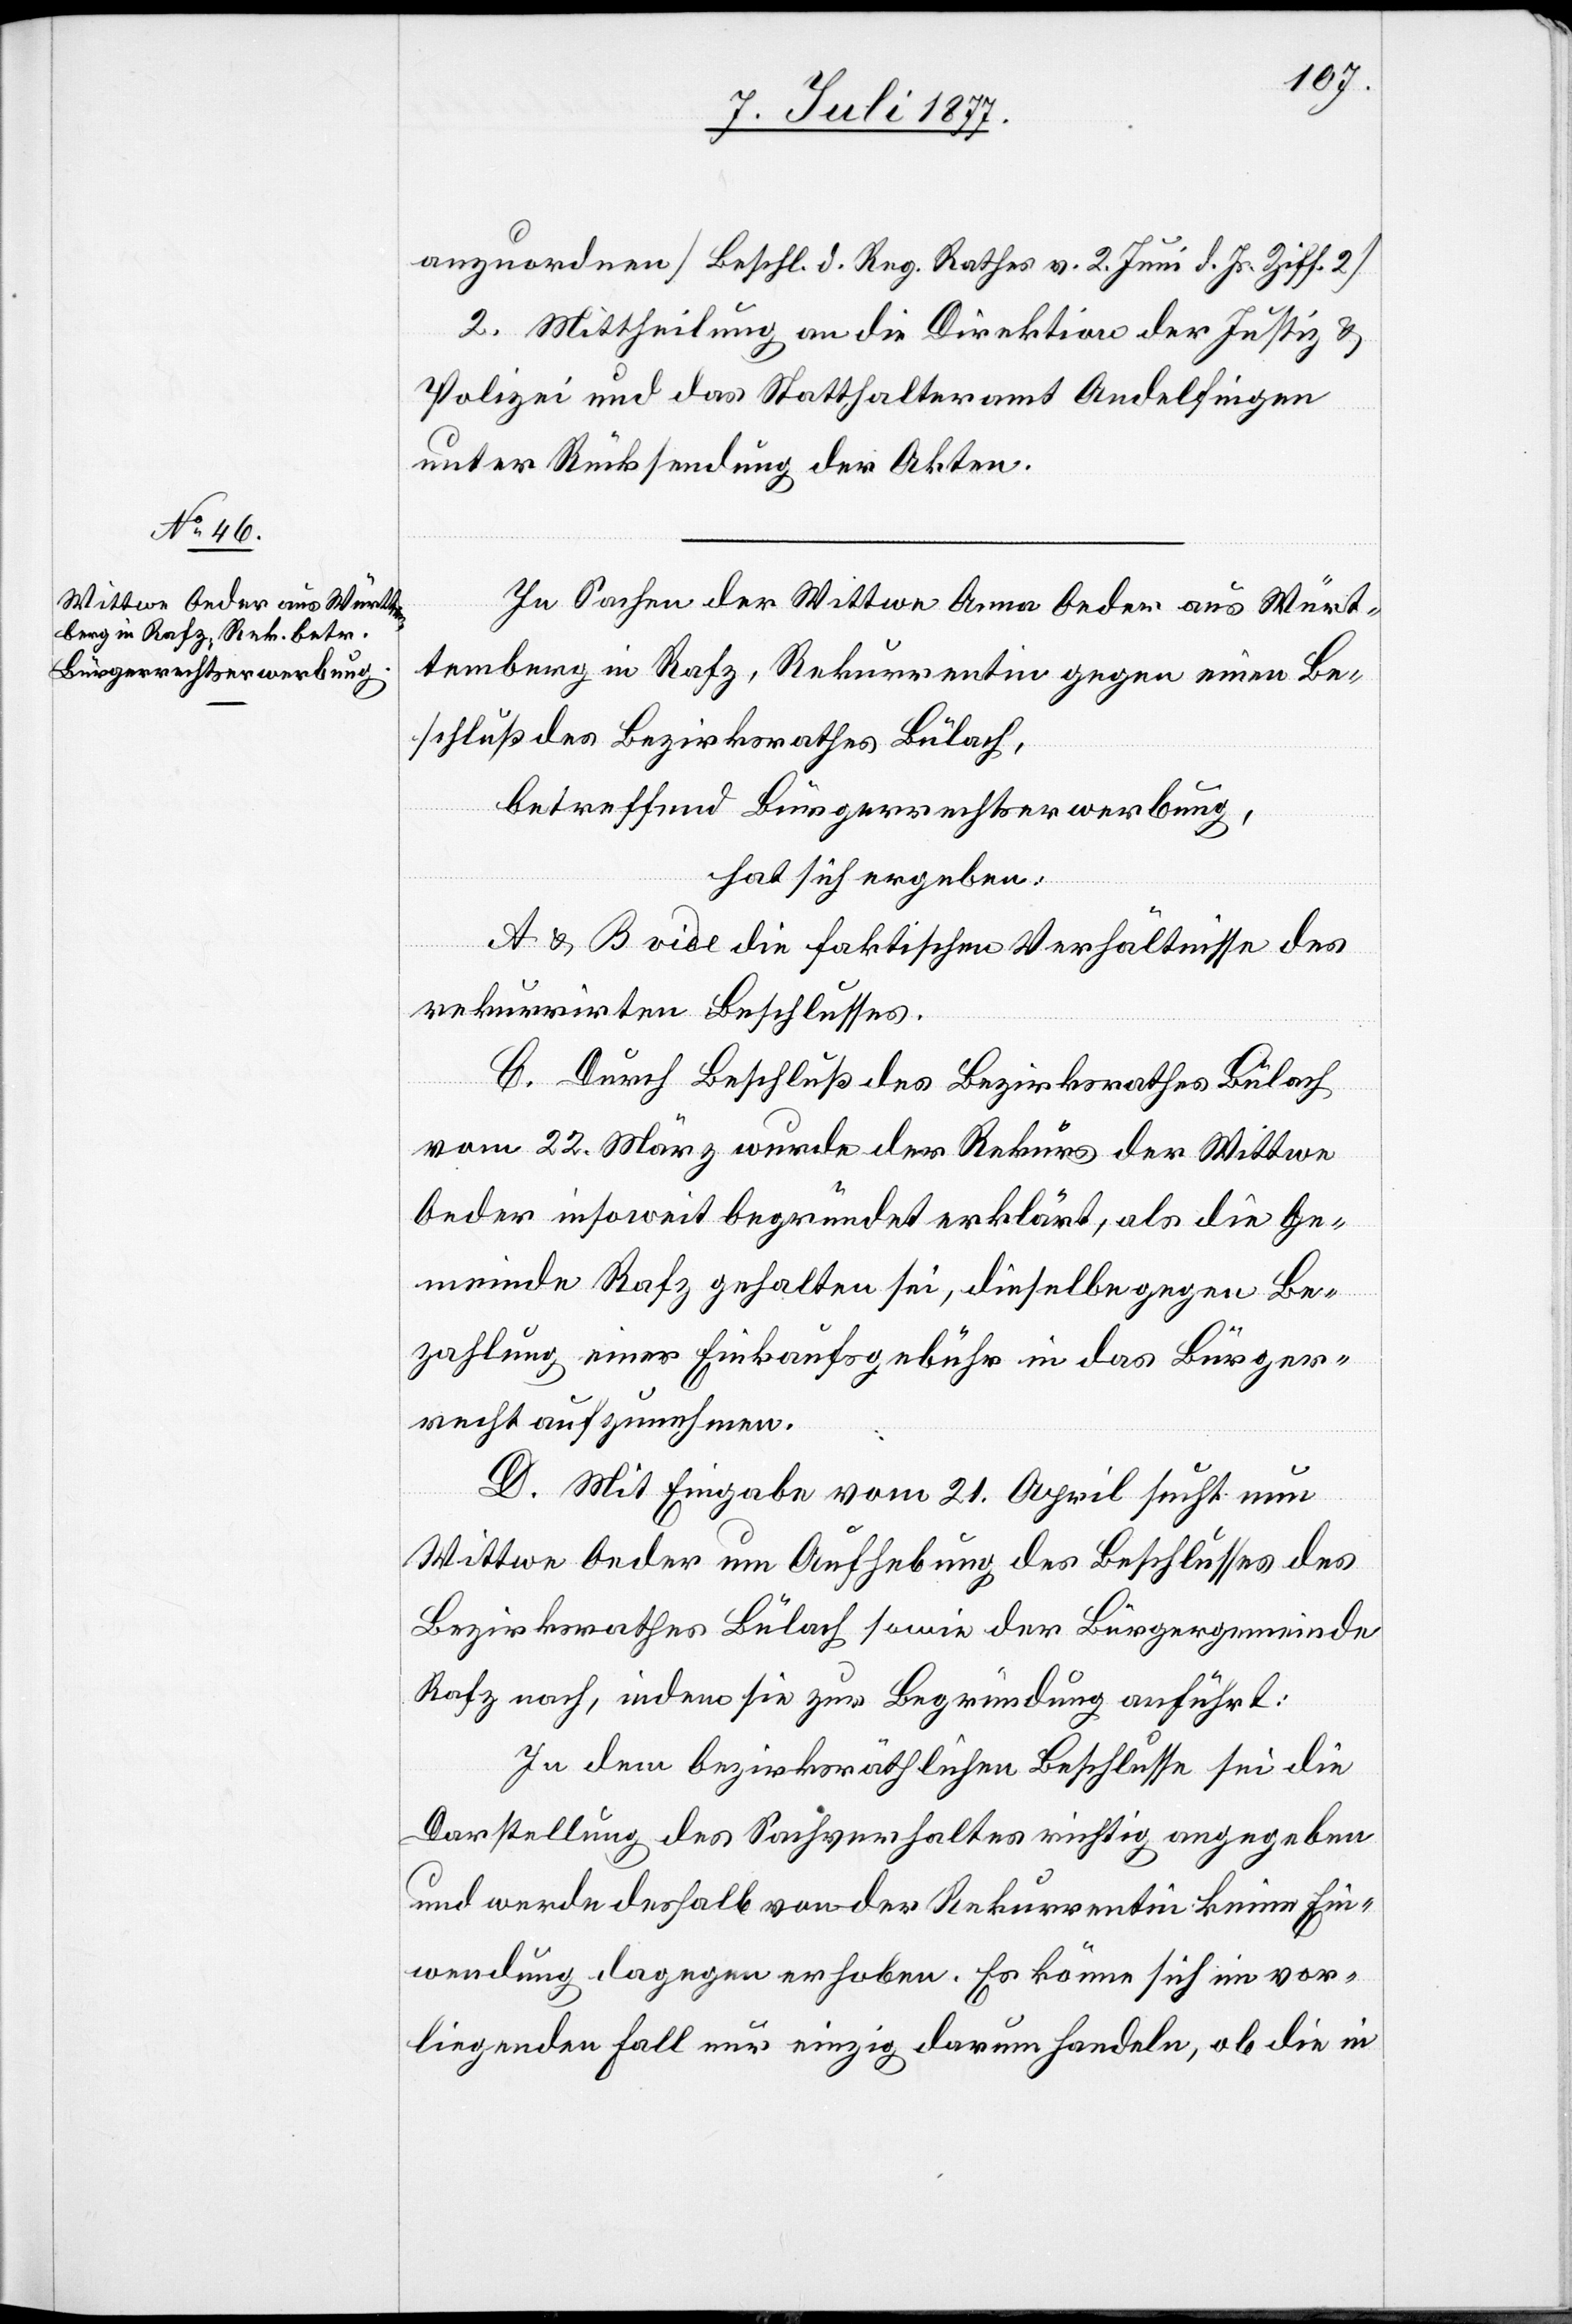
anzuordnen [Beschl. d. Reg. Rathes v. 2. Juni d. Js. Ziff. 2].
II.] Mittheilung an die Direktion der Justiz &
Polizei und das Statthalteramt Andelfingen
unter Rücksendung der Akten.
In Sachen der Wittwe Anna Oeder aus Würt¬
temberg in Rafz, Rekurrentin gegen einen Be¬
schluß des Bezirksrathes Bülach,
betreffend Bürgerrechtserwerbung,
hat sich ergeben:
A & B vide die faktischen Verhältnisse des
rekurrirten Beschlusses.
C. Durch Beschluß des Bezirksrathes Bülach
vom 22. März wurde der Rekurs der Wittwe
Oeder insoweit begründet erklärt, als die Ge¬
meinde Rafz gehalten sei, dieselbe gegen Be¬
zahlung einer Einkaufsgebühr in das Bürger¬
recht aufzunehmen.
D. Mit Eingabe vom 21. April sucht nun
Wittwe Oeder um Aufhebung des Beschlusses des
Bezirksrathes Bülach sowie der Bürgergemeinde
Rafz nach, indem sie zur Begründung anführt:
In dem bezirksräthlichen Beschlusse sei die
Darstellung des Sachverhaltes richtig angegeben
und werde deshalb von der Rekurrentin keine Ein¬
wendung dagegen erhoben. Es könne sich im vor¬
liegenden Fall nur einzig darum handeln, ob die in